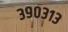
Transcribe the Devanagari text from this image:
३९०३१३